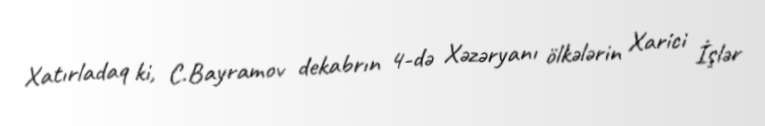
Xatırladaq ki, C.Bayramov dekabrın 4-də Xəzəryanı ölkələrin Xarici İşlər